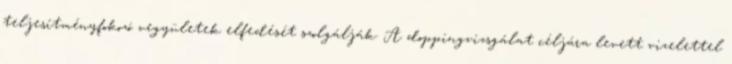
teljesítményfokozó vegyületek elfedését szolgálják. A doppingvizsgálat céljára levett vizelettel